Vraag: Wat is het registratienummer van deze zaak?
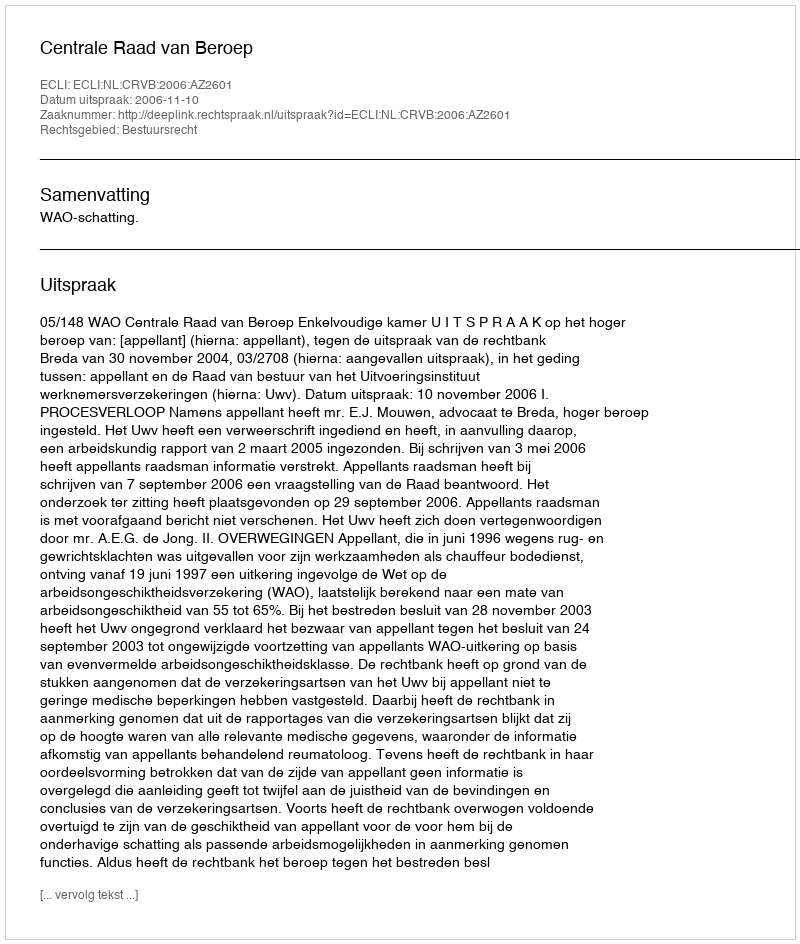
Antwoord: http://deeplink.rechtspraak.nl/uitspraak?id=ECLI:NL:CRVB:2006:AZ2601